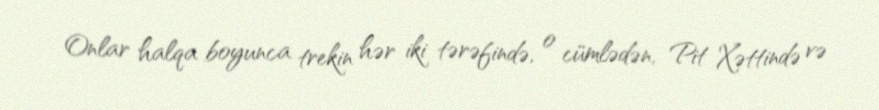
Onlar halqa boyunca trekin hər iki tərəfində, o cümlədən, Pit Xəttində və